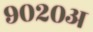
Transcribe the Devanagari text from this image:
९०२०अ